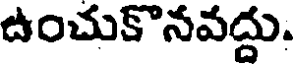
ఉంచుకొనవద్దు.